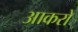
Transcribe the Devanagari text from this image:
आकरों